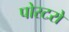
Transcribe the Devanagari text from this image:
पोस्टरो